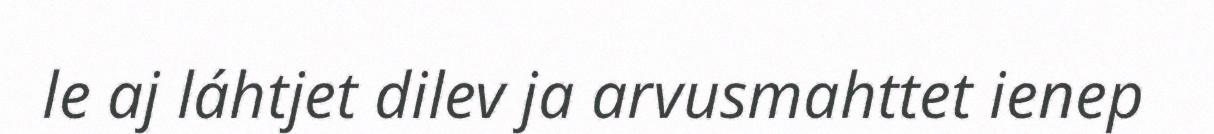
le aj láhtjet dilev ja arvusmahttet ienep